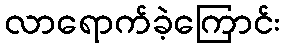
လာရောက်ခဲ့ကြောင်း